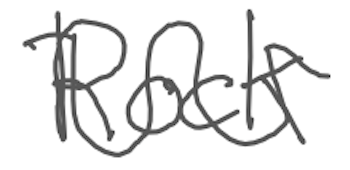
Text: Rock
Cross-out: wave
Writing tool: digital_gray